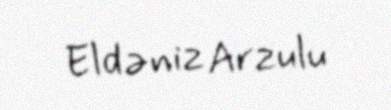
Eldəniz Arzulu